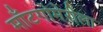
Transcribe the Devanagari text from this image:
माँटगोमेरीला